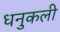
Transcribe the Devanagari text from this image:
धनुकली